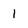
Character: 1